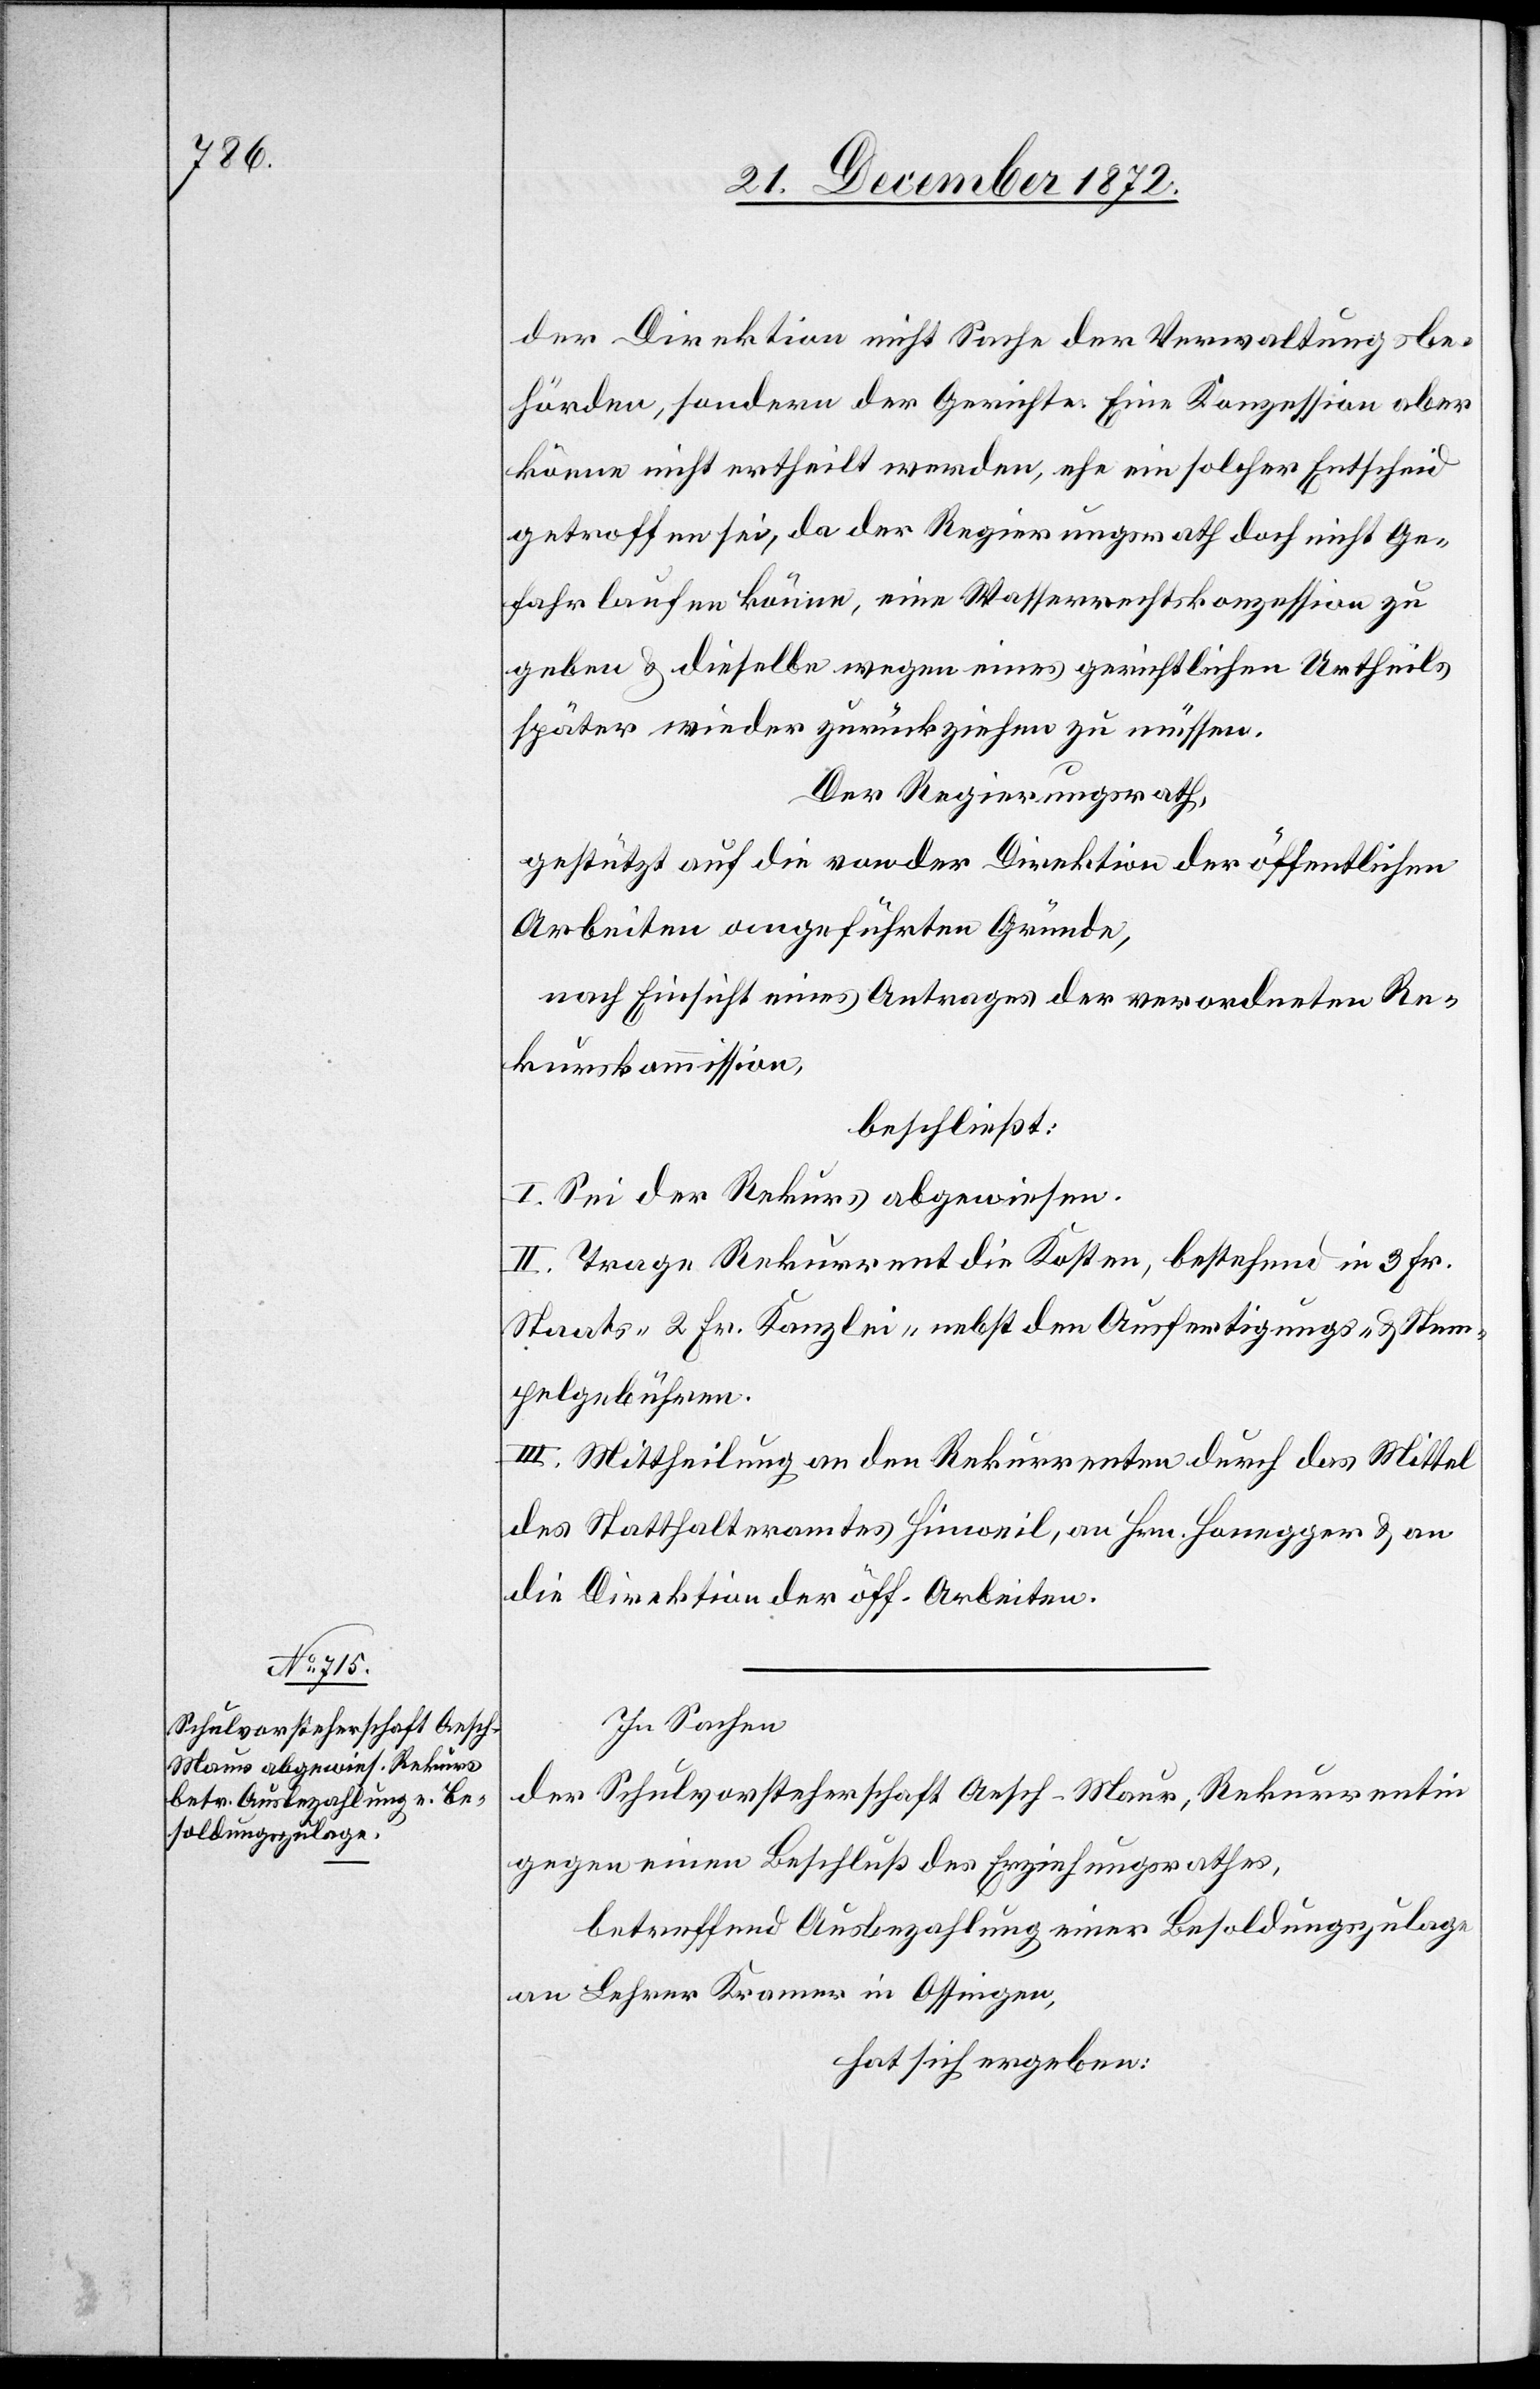
der Direktion nicht Sache der Verwaltungsbe¬
hörden, sondern der Gerichte. Eine Konzession aber
könne nicht ertheilt werde, ehe ein solcher Entscheid
getroffen sei, da der Regierungsrath doch nicht Ge¬
fahr laufen könne, eine Wasserrechtskonzession zu
geben u. dieselbe wegen eines gerichtlichen Urtheils
später wieder zurückziehen zu müssen.
Der Regierungsrath,
gestützt auf die von der Direktion der öffentlichen
Arbeiten angeführten Gründe,
nach Einsicht eines Antrages der verordneten Re¬
kurskommission,
beschließt:
I. Sei der Rekurs abgewiesen.
II. Trage Rekurrent die Kosten, bestehend in 3 Fr.
Staats- 2 Fr. Kanzlei- nebst den Ausfertigungs- u. Stem¬
pelgebühren.
III. Mittheilung an den Rekurrenten durch das Mittel
des Statthalteramtes Hinweil, an Hrn. Honegger u. an
die Direktion der öff. Arbeiten.
In Sachen
der Schulvorsteherschaft Aesch-Maur, Rekurrentin
gegen einen Beschluß des Erziehungsrathes,
betreffend Ausbezahlung einer Besoldungszulage
an Lehrer Kramer in Ossingen,
hat sich ergeben: